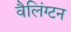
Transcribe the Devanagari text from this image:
वैलिंग्टन